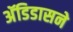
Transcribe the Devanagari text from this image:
अॅडिडासने